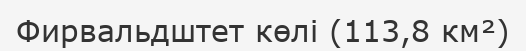
Фирвальдштет көлі (113,8 км²)